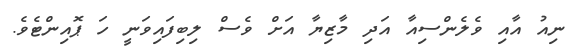
ނިއު އާއި ވެލެންސިއާ އަދި މާޒިޔާ އަށް ވެސް ލިބިފައިވަނީ ހަ ޕޮއިންޓެވެ.